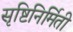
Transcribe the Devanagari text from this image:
सृष्टिनिर्मिती